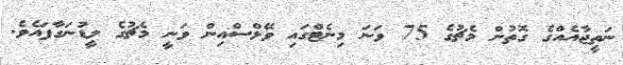
ނަތީޖާއެއްގެ ގޮތުން މެޗުގެ 75 ވަނަ މިނެޓްގައި ވޭލްސްއިން ވަނީ މެޗުގެ ލީޑުނަގާފައެވެ.